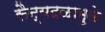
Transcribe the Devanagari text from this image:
सैन्यदळामुळे